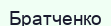
Братченко